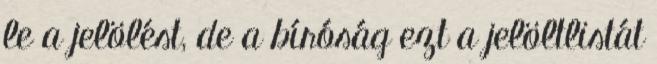
le a jelölést, de a bíróság ezt a jelöltlistát